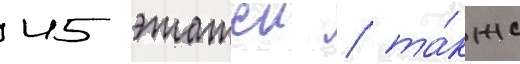
45 этажеи / та́кже